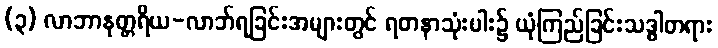
(၃) လာဘာနုတ္တရိယ-လာဘ်ရခြင်းအများတွင် ရတနာသုံးပါး၌ ယုံကြည်ခြင်းသဒ္ဓါတရား